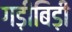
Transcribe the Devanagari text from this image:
गड़ीबिड़ी